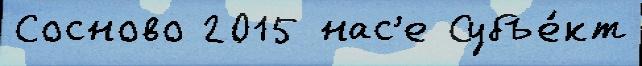
Сосново 2015 нас'е Субъе́кт